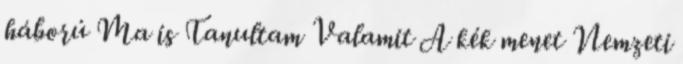
háború Ma is Tanultam Valamit A kék menet Nemzeti